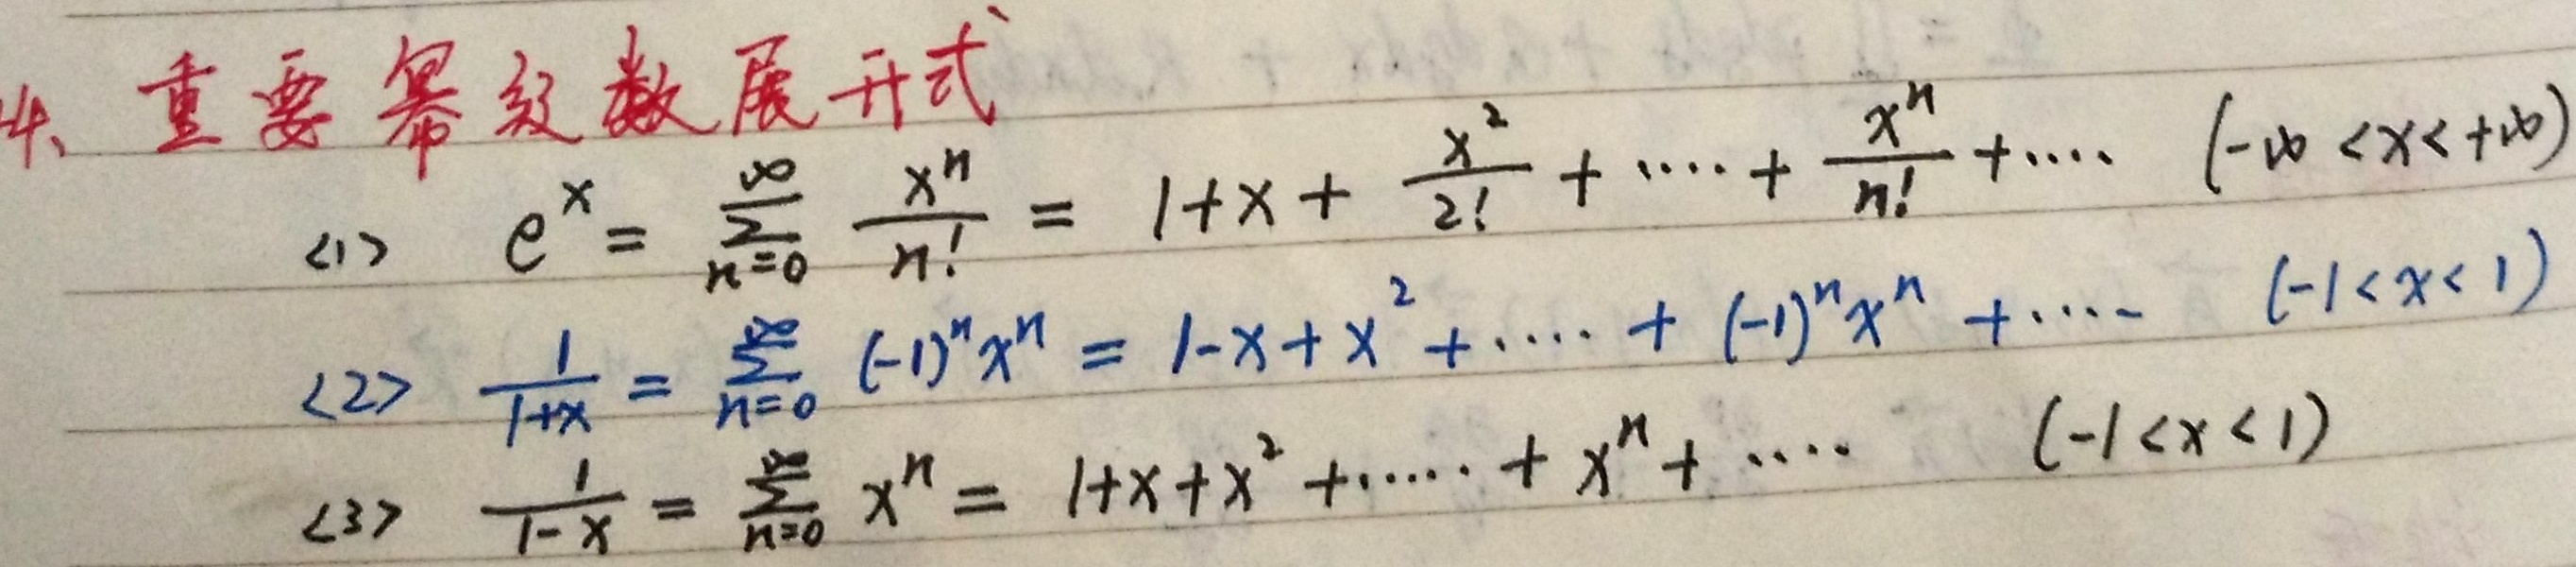
4、重要幂级数展开式
(1) \(e^{x}=\sum_{n = 0}^{\infty}\frac{x^{n}}{n!}=1 + x+\frac{x^{2}}{2!}+\cdots+\frac{x^{n}}{n!}+\cdots\quad(-\infty<x<+\infty)\)
(2) \(\frac{1}{1 + x}=\sum_{n = 0}^{\infty}(-1)^{n}x^{n}=1 - x + x^{2}+\cdots+(-1)^{n}x^{n}+\cdots\quad(-1<x<1)\)
(3) \(\frac{1}{1 - x}=\sum_{n = 0}^{\infty}x^{n}=1 + x + x^{2}+\cdots+x^{n}+\cdots\quad(-1<x<1)\)